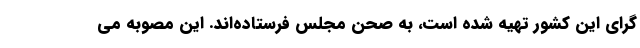
گرای این کشور تهیه شده است، به صحن مجلس فرستاده‌اند. این مصوبه می